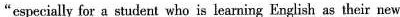
“especially for a student who is learning English as their new